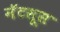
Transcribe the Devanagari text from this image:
नॅटसूस